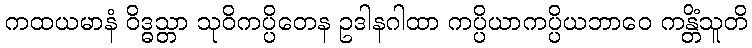
ကထယမာနံ ဝိဒ္ဓသ္တာ သုဝိကပ္ပိတေန ဥဒါနဂါထာ ကပ္ပိယာကပ္ပိယဘာဝေ ကန္တိံသူတိ